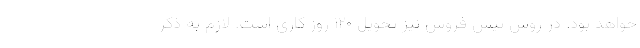
خواهد بود. در روش پیش فروش نیز تحویل ۱۲۰ روز کاری است. لازم به ذکر